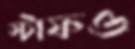
স্টাফও